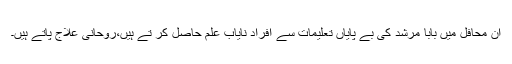
ان محافل میں بابا مرشد کی بے پایاں تعلیمات سے افراد نایاب علم حاصل کر تے ہیں،روحانی علاج پاتے ہیں۔